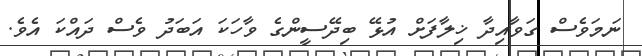
ނަމަވެސް ގަވާއިދާ ޚިލާފަށް އުޅޭ ބިދޭސީންގެ ވާހަކަ އަބަދު ވެސް ދައްކަ އެވެ.